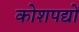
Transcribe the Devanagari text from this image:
कोशपद्यों